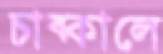
চাব্‌কালে